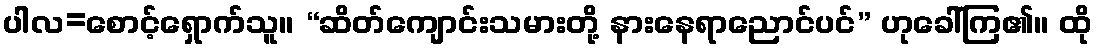
ပါလ=စောင့်ရှောက်သူ။ “ဆိတ်ကျောင်းသမားတို့ နားနေရာညောင်ပင်” ဟုခေါ်ကြ၏။ ထို